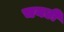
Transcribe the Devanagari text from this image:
चयटी